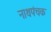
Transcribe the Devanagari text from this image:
नाथपंचक